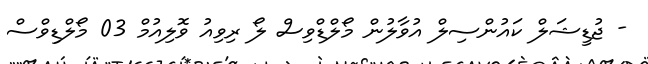
- ޖުޑީޝަލް ކައުންސިލް އުވާލުން މޯލްޑްވިސް ލޯ ރިވިއު ވޮލިއުމް 03 މޯލްޑިވްސް